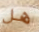
هل